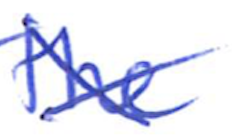
Text: the
Cross-out: cross
Writing tool: ballpoint